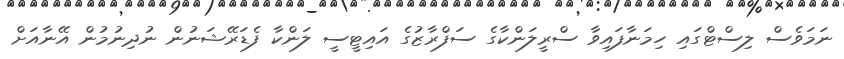
ނަމަވެސް ލިސްޓްގައި ހިމަނާފައިވާ ސްރީލަންކާގެ ސަފްރާޒުގެ އައިޓީސީ ލަންކާ ފެޑަރޭޝަނުން ނުދިނުމުން އޭނާއަށް